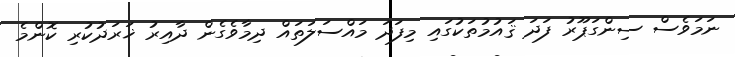
ނަމަވެސް ސިންގަޕޫރު ފަދަ ޤައުމުތަކުގައި މިފަދަ މައްސަލަތައް ދިމާވެގެން ދާއިރު ޚަރަދުކުރި ކޮންމެ